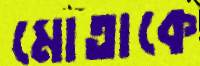
মোতাকে